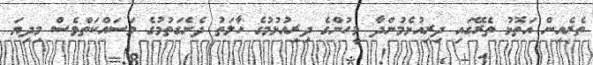
ތެރެއިން އަތޮޅު ތެރޭގައި ދިރިއުޅެމުންދާ މީހުންގެ ދިރިއުޅުމުގެ ހާލަތު ދެނެގަތުމުގެ މަސައްކަތްވެސް މިދިޔަ